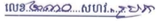
លេខ២០៣០ សហវ.ប្រក